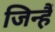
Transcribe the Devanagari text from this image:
जिन्हैं